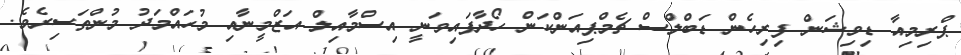
ޕްރިމިއާ ޑިވިޝަން ފިރިހެން ޑަބްލްސް ޗެމްޕިއަންކަން ހޯދާފައިވަނީ އިސްމާއިލް އަޒްމީނާއި މުހައްމަދު މުންތަސިރެވެ.